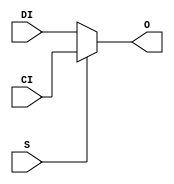
module MUXCY(output O, input CI, DI, S);
  assign O = S ? CI : DI;
endmodule